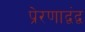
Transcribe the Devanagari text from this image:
प्रेरणाद्वंद्व